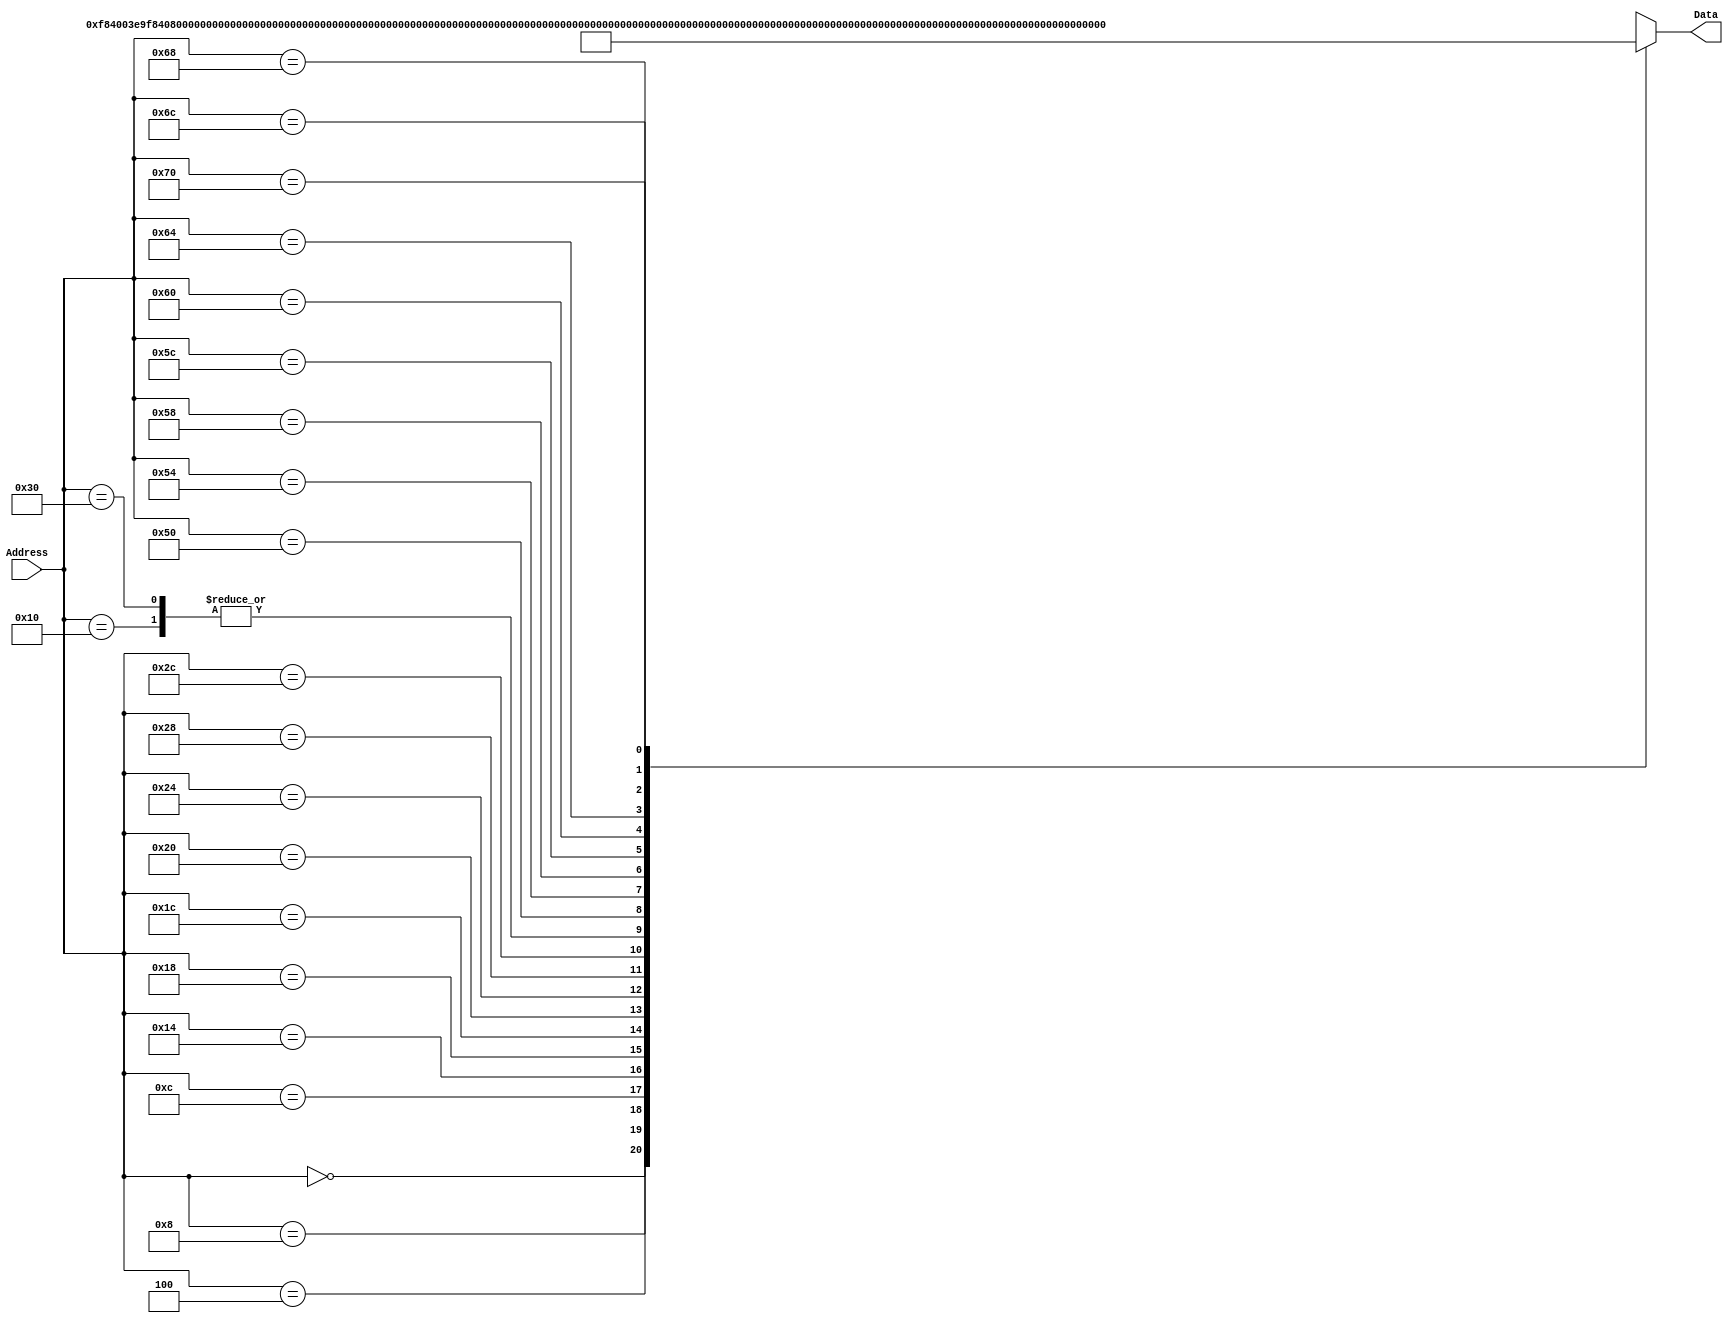
`timescale 1ns / 1ps
/*
 * Module: InstructionMemory
 *
 * Implements read-only instruction memory
 * 
 */
module InstructionMemory(Data, Address);
   parameter T_rd = 20;
   parameter MemSize = 40;
   
   output [31:0] Data;
   input [63:0]  Address;
   reg [31:0] 	 Data;
   
   /*
    * ECEN 350 Processor Test Functions
    * Texas A&M University
    */
   
   always @ (Address) begin
      case(Address)

	/* Test Program 1:
	 * Program loads constants from the data memory. Uses these constants to test
	 * the following instructions: LDUR, ORR, AND, CBZ, ADD, SUB, STUR and B.
	 * 
	 * Assembly code for test:
	 * 
	 * 0: LDUR X9, [XZR, 0x0]    //Load 1 into x9
	 * 4: LDUR X10, [XZR, 0x8]   //Load a into x10
	 * 8: LDUR X11, [XZR, 0x10]  //Load 5 into x11
	 * C: LDUR X12, [XZR, 0x18]  //Load big constant into x12
	 * 10: LDUR X13, [XZR, 0x20]  //load a 0 into X13
	 * 
	 * 14: ORR X10, X10, X11  //Create mask of 0xf
	 * 18: AND X12, X12, X10  //Mask off low order bits of big constant
	 * 
	 * loop:
	 * 1C: CBZ X12, end  //while X12 is not 0
	 * 20: ADD X13, X13, X9  //Increment counter in X13
	 * 24: SUB X12, X12, X9  //Decrement remainder of big constant in X12
	 * 28: B loop  //Repeat till X12 is 0
	 * 2C: STUR X13, [XZR, 0x20]  //store back the counter value into the memory location 0x20
	 */
	

	63'h000: Data = 32'hF84003E9;
	63'h004: Data = 32'hF84083EA;
	63'h008: Data = 32'hF84103EB;
	63'h00c: Data = 32'hF84183EC;
	63'h010: Data = 32'hF84203ED;
	63'h014: Data = 32'hAA0B014A;
	63'h018: Data = 32'h8A0A018C;
	63'h01c: Data = 32'hB400008C;
	63'h020: Data = 32'h8B0901AD;
	63'h024: Data = 32'hCB09018C;
	63'h028: Data = 32'h17FFFFFD;
	63'h02c: Data = 32'hF80203ED;
	63'h030: Data = 32'hF84203ED;  //One last load to place stored value on memdbus for test checking.

        /* 0: MOVZ X9, 64'h1234, LSL 48 // put the last 16 bits into x9
           4: MOVZ X10, 64'h5678, LSL 32 // put middle 16 bits into X10
           8: MOVZ X11, 64'h9abc, LSL 16 // put middle 16 bits into X11
           C: MOVZ X12, 64'hdef0 // put last 16 bits in X12
           
           10: ADD X13, X9, X10; // add upper 32 bits
           14: ADD X14, X11, X12; // add lower 32 bits
           18: ADD X9, X13, X14; // the full constant is now loaded in
           
           1C: STUR X9, [XZR, 0x28]; // store in 0x28 memory 
           20: LDUR X10, [XZR, 0x28]; // load in register x10
        */
     63'h050: Data = 32'hD2E24689;
     63'h054: Data = 32'hD2CACF0A;
     63'h058: Data = 32'hD2B3578B;
     63'h05c: Data = 32'hD29BDE0C;
     63'h060: Data = 32'h8B0A012D;
     63'h064: Data = 32'h8B0C016E;
     63'h068: Data = 32'h8B0E01A9;
     63'h06c: Data = 32'hF80283E9;
     63'h070: Data = 32'hF84283EA;

			
	default: Data = 32'hXXXXXXXX;
      endcase
   end
endmodule